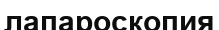
лапароскопия